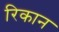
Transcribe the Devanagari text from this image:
रिकान